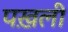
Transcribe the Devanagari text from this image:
पख़ली